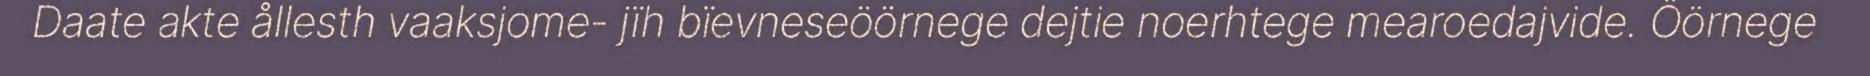
Daate akte ållesth vaaksjome- jïh bïevneseöörnege dejtie noerhtege mearoedajvide. Öörnege